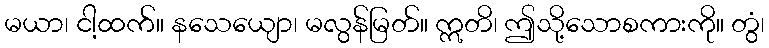
မယာ၊ ငါ့ထက်။ နသေယျော၊ မလွန်မြတ်။ ဣတိ၊ ဤသို့သောစကားကို။ တွံ၊